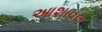
આશાવલ